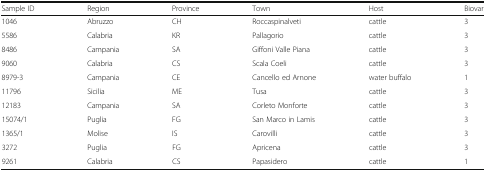
<table><thead><tr><td><b>Sample ID</b></td><td><b>Region</b></td><td><b>Province</b></td><td><b>Town</b></td><td><b>Host</b></td><td><b>Biovar</b></td></tr></thead><tbody><tr><td>1046</td><td>Abruzzo</td><td>CH</td><td>Roccaspinalveti</td><td>cattle</td><td>3</td></tr><tr><td>5586</td><td>Calabria</td><td>KR</td><td>Pallagorio</td><td>cattle</td><td>3</td></tr><tr><td>8486</td><td>Campania</td><td>SA</td><td>Giffoni Valle Piana</td><td>cattle</td><td>3</td></tr><tr><td>9060</td><td>Calabria</td><td>CS</td><td>Scala Coeli</td><td>cattle</td><td>3</td></tr><tr><td>8979-3</td><td>Campania</td><td>CE</td><td>Cancello ed Arnone</td><td>water buffalo</td><td>1</td></tr><tr><td>11796</td><td>Sicilia</td><td>ME</td><td>Tusa</td><td>cattle</td><td>3</td></tr><tr><td>12183</td><td>Campania</td><td>SA</td><td>Corleto Monforte</td><td>cattle</td><td>3</td></tr><tr><td>15074/1</td><td>Puglia</td><td>FG</td><td>San Marco in Lamis</td><td>cattle</td><td>3</td></tr><tr><td>1365/1</td><td>Molise</td><td>IS</td><td>Carovilli</td><td>cattle</td><td>3</td></tr><tr><td>3272</td><td>Puglia</td><td>FG</td><td>Apricena</td><td>cattle</td><td>3</td></tr><tr><td>9261</td><td>Calabria</td><td>CS</td><td>Papasidero</td><td>cattle</td><td>1</td></tr></tbody></table>